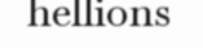
hellions